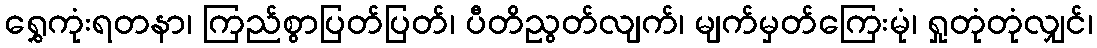
ရွှေကုံးရတနာ၊ ကြည်စွာပြတ်ပြတ်၊ ပီတိညွတ်လျက်၊ မျက်မှတ်ကြေးမုံ၊ ရှုတုံတုံလျှင်၊